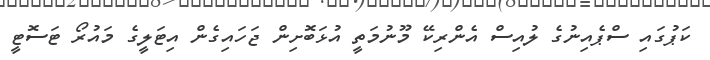
ކަޕުގައި ސްޕެއިނުގެ ލުއިސް އެންރިކޭ މޫނުމަތީ އުޅަބޮށިން ޖަހައިގެން އިޓަލީގެ މައުރޯ ޓަސޮޓީ